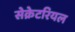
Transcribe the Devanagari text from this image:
सेक्रेटरियल